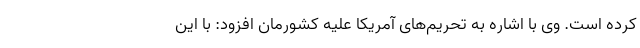
کرده است. وی با اشاره به تحریم‌های آمریکا علیه کشورمان افزود: با این